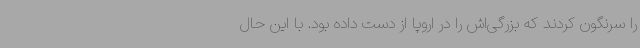
را سرنگون کردند که بزرگی‌اش را در اروپا از دست داده بود. با این حال